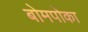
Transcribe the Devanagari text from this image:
बोमपोका